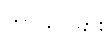
ဘာသာခြား